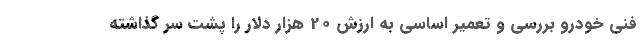
فنی خودرو بررسی و تعمیر اساسی به ارزش 20 هزار دلار را پشت سر گذاشته